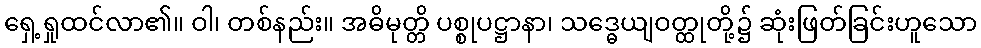
ရှေ့ရှုထင်လာ၏။ ဝါ၊ တစ်နည်း။ အဓိမုတ္တိ ပစ္စုပဋ္ဌာနာ၊ သဒ္ဓေယျဝတ္ထုတို့၌ ဆုံးဖြတ်ခြင်းဟူသော